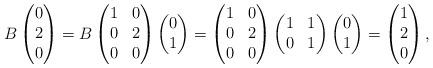
LaTeX: \begin{align*}B\begin{pmatrix}0\\2\\0\end{pmatrix}=B\begin{pmatrix}1&0\\0&2\\0&0\end{pmatrix}\begin{pmatrix}0\\1\end{pmatrix}=\begin{pmatrix}1&0\\0&2\\0&0\end{pmatrix}\begin{pmatrix}1&1\\0&1\end{pmatrix}\begin{pmatrix}0\\1\end{pmatrix}=\begin{pmatrix}1 \\ 2 \\ 0\end{pmatrix},\end{align*}